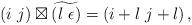
LaTeX: \begin{align*}\left(i\ j\right)\boxtimes\widetilde{\left(l\ \epsilon\right)}=\left(i+l\ j+l\right),\end{align*}